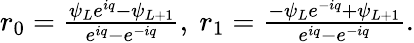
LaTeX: \begin{array}{r}{r_{0}=\frac{\psi_{L}e^{iq}-\psi_{L+1}}{e^{iq}-e^{-iq}},~r_{1}=\frac{-\psi_{L}e^{-iq}+\psi_{L+1}}{e^{iq}-e^{-iq}}.}\end{array}